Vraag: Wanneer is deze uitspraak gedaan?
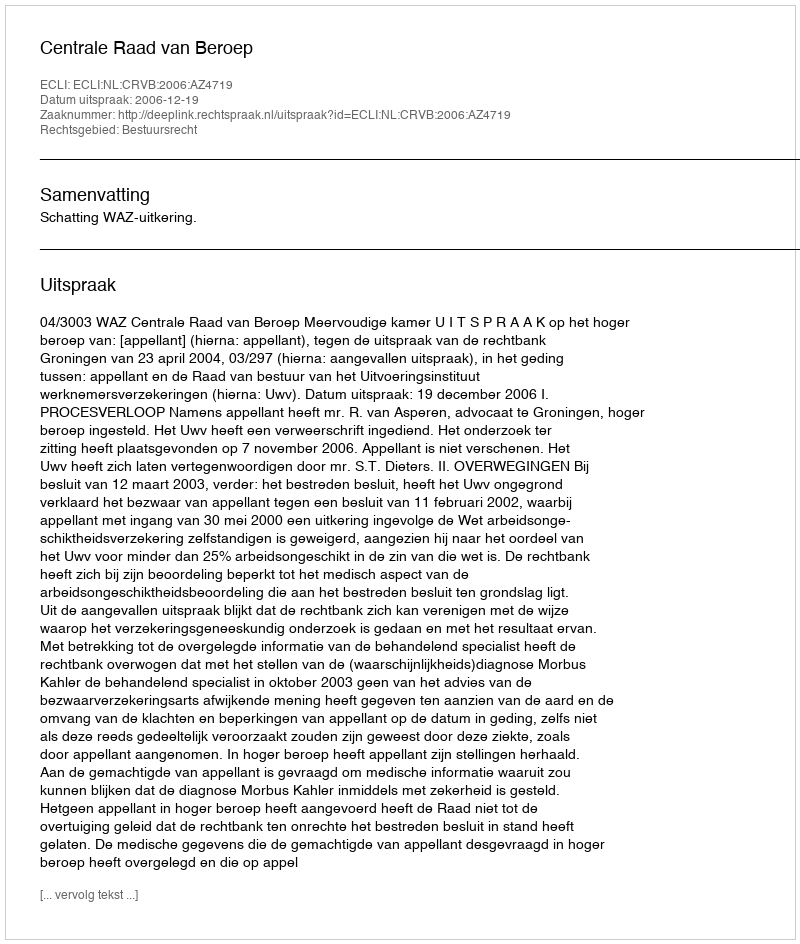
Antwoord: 2006-12-19